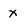
Character: X